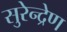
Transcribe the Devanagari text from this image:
सुरेन्द्रेण